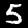
Label: 5